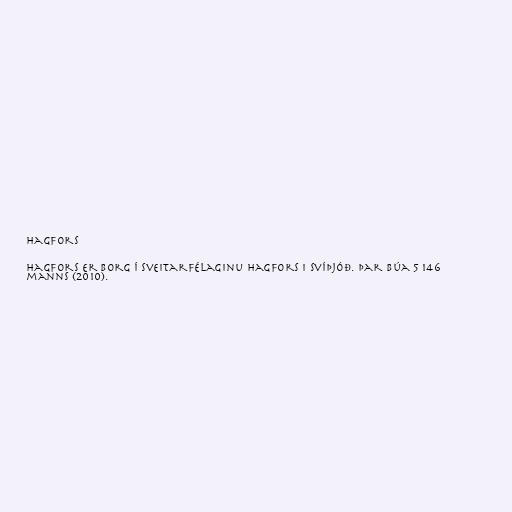
Hagfors

Hagfors er borg í sveitarfélaginu Hagfors i Svíþjóð. Þar búa 5 146
manns (2010).